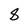
Character: 8